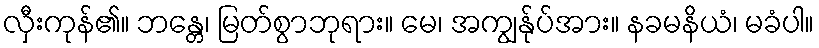
လှီးကုန်၏။ ဘန္တေ၊ မြတ်စွာဘုရား။ မေ၊ အကျွန်ုပ်အား။ နခမနိယံ၊ မခံပါ။